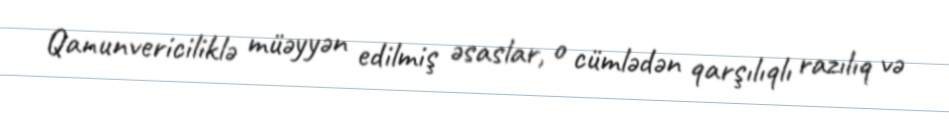
Qanunvericiliklə müəyyən edilmiş əsaslar, o cümlədən qarşılıqlı razılıq və